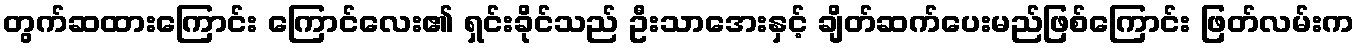
တွက်ဆထားကြောင်း ကြောင်လေး၏ ရှင်းခိုင်သည် ဦးသာအေးနှင့် ချိတ်ဆက်ပေးမည်ဖြစ်ကြောင်း ဖြတ်လမ်းက